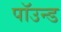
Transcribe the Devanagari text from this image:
पॉउन्ड